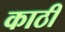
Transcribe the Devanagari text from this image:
काठीं